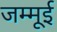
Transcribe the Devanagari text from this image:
जम्मूई